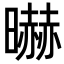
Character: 㬨